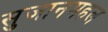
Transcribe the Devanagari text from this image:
सुजानमहल